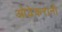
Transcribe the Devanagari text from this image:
ओढेकरानी